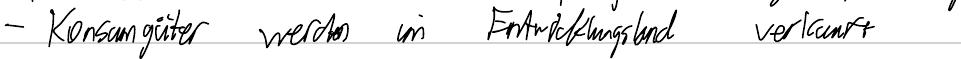
- Konsumgüter werden im Entwicklungsland verkauft